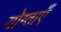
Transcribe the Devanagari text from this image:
योग्ताएँ